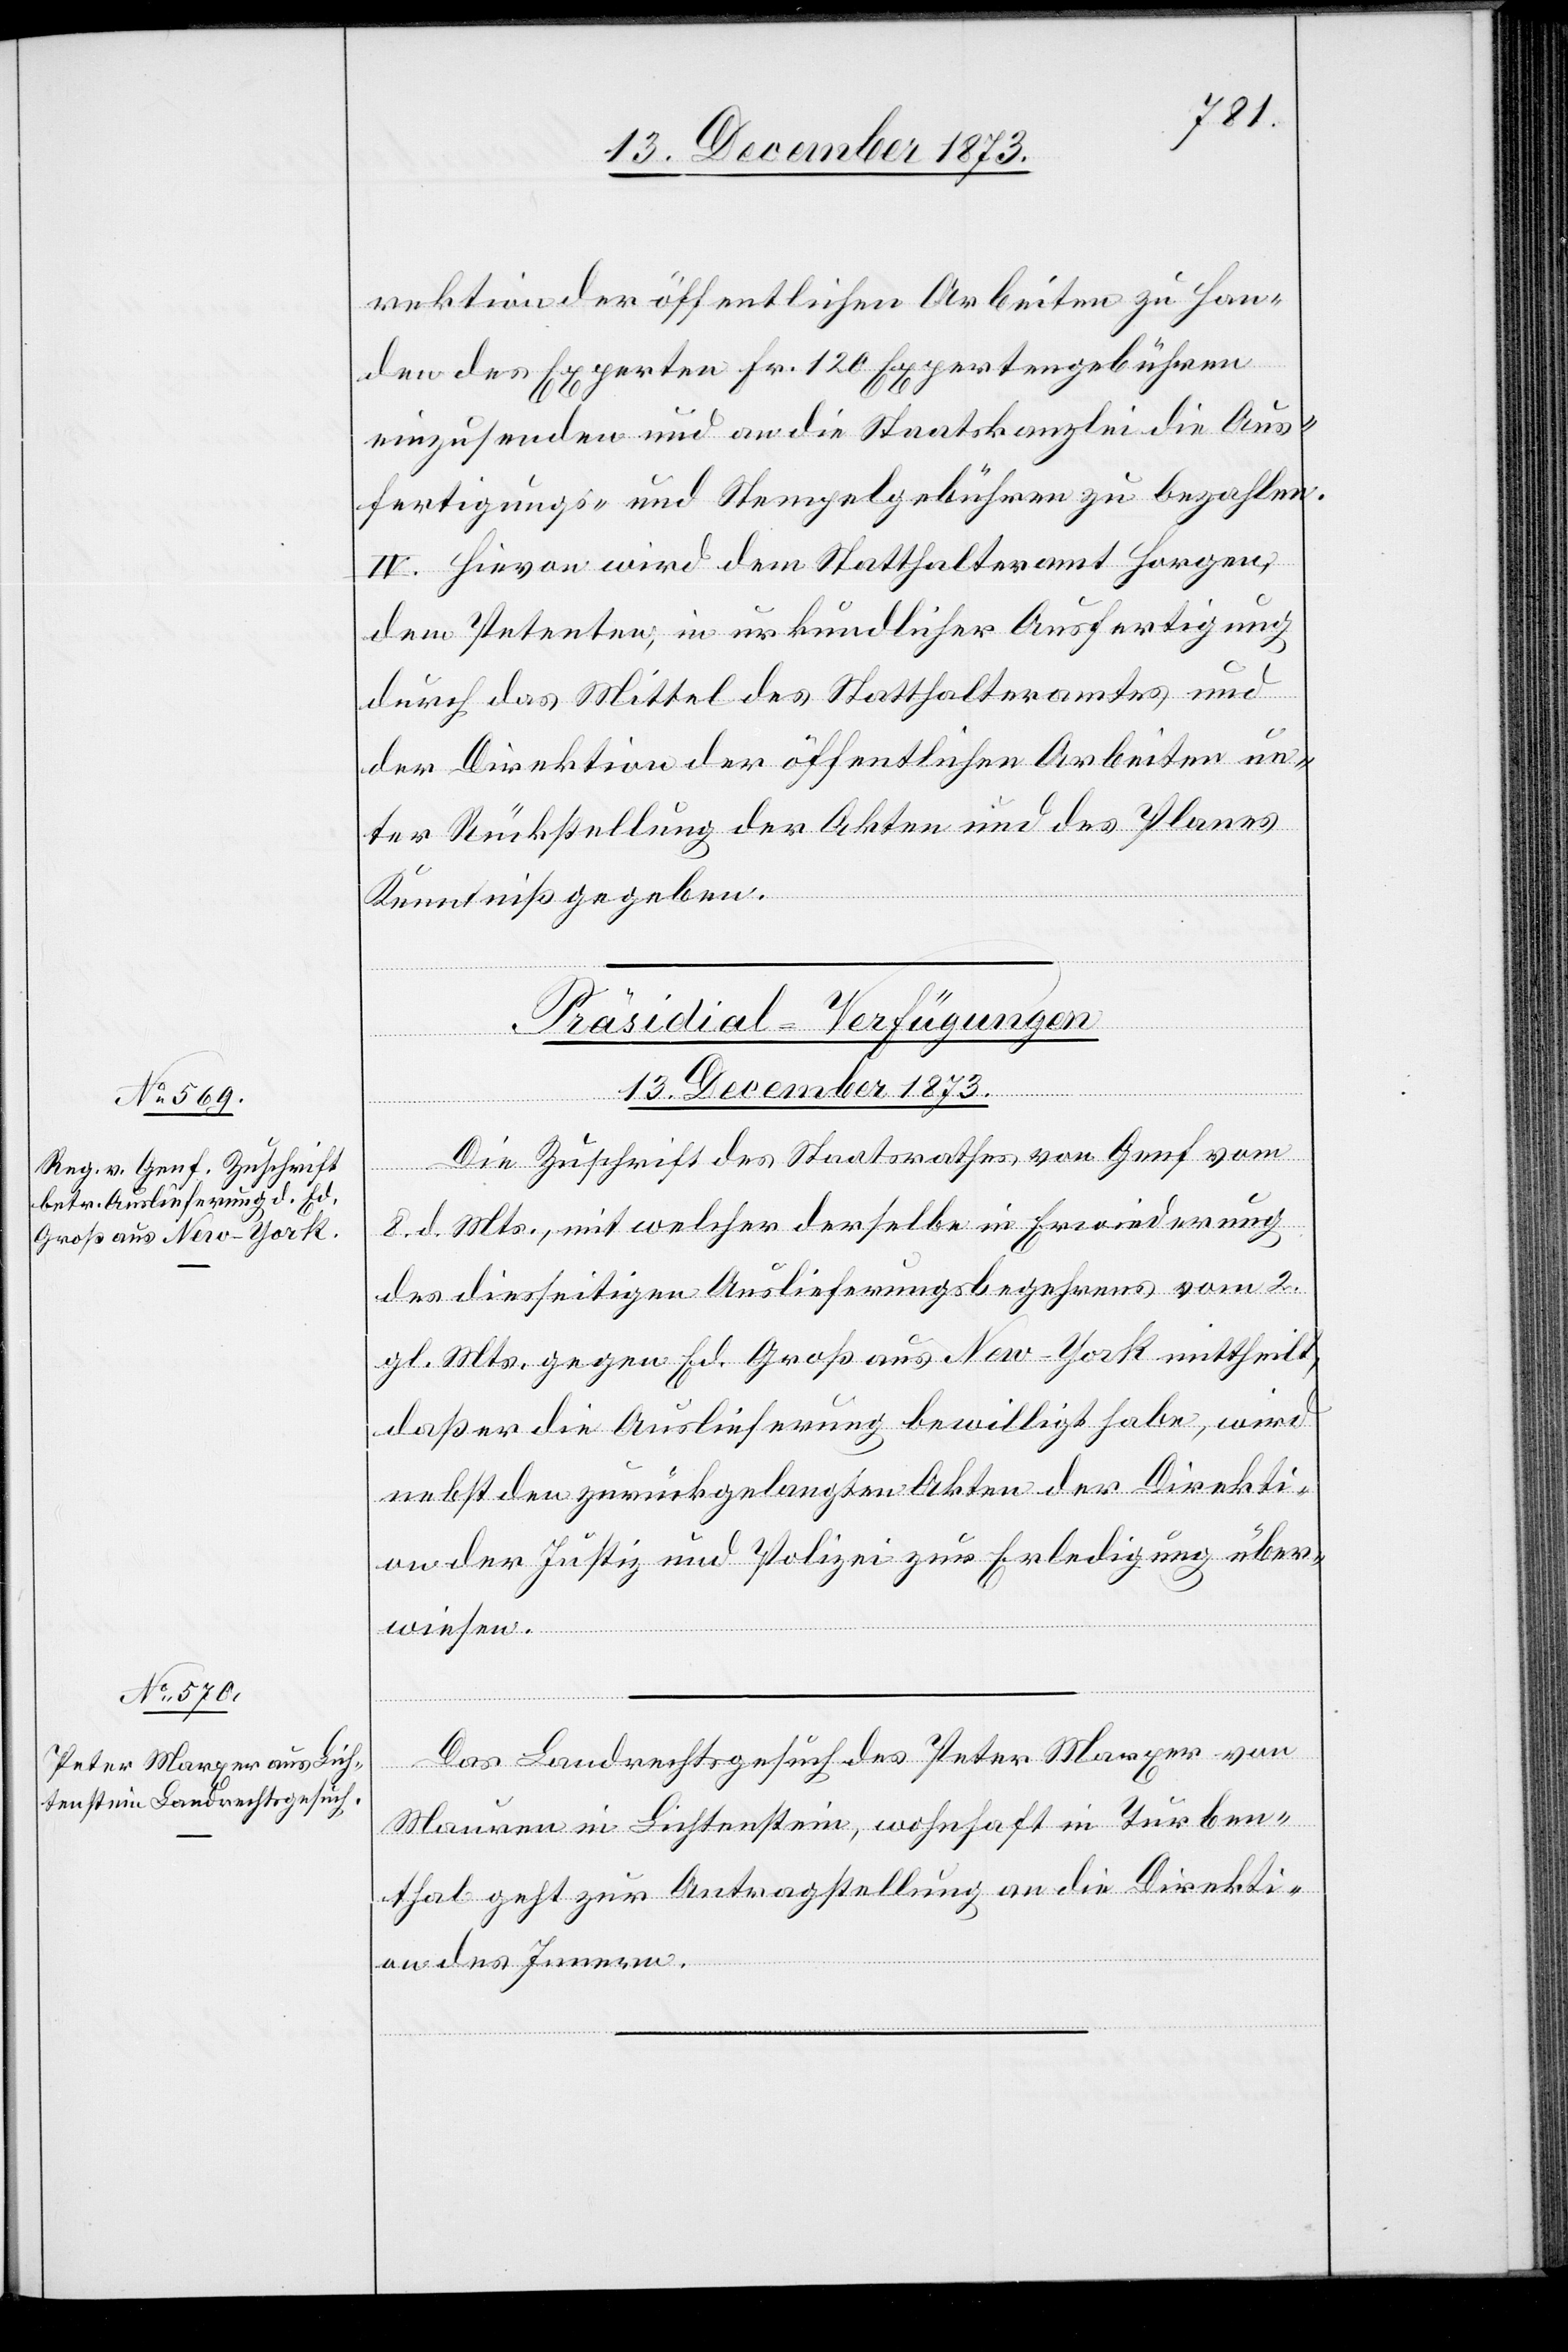
rektion der öffentlichen Arbeiten zu Han¬
den des Experten Fr. 120 Expertengebühren
einzusenden und an die Staatskanzlei die Aus¬
fertigungs- und Stempelgebühren zu bezahlen.
IV. Hievon wird dem Statthalteramt Horgen,
dem Petenten, in urkundlicher Ausfertigung
durch das Mittel des Statthalteramtes und
der Direktion der öffentlichen Arbeiten un¬
ter Rückstellung der Akten und des Planes
Kenntniß gegeben.
[Präsidial-Verfügungen
13. December 1873.]
Die Zuschrift des Staatsrathes von Genf vom
8. d. Mts., mit welcher derselbe in Erwiederung
des diesseitigen Auslieferungsbegehrens vom 2.
gl. Mts. gegen Ed. Groß aus New-York mittheilt,
daß er die Auslieferung bewilligt habe, wird
nebst den zurückgelangten Akten der Direkti¬
on der Justiz und Polizei zur Erledigung über¬
wiesen.
Das Landrechtsgesuch des Peter Marxer von
Mauren in Lichtenstein, wohnhaft in Turben¬
thal geht zur Antragstellung an die Direkti¬
on des Innern.